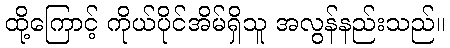
ထို့ကြောင့် ကိုယ်ပိုင်အိမ်ရှိသူ အလွန်နည်းသည်။